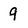
Character: 9